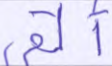
ألقي